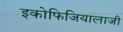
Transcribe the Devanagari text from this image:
इकोफिजियालाजी